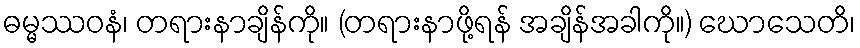
ဓမ္မဿဝနံ၊ တရားနာချိန်ကို။ (တရားနာဖို့ရန် အချိန်အခါကို။) ဃောသေတိ၊